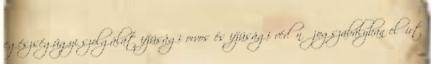
egészségügyi szolgálat ifjúsági orvos és ifjúsági védőnő jogszabályban előírt